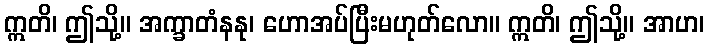
ဣတိ၊ ဤသို့။ အက္ခာတံနနု၊ ဟောအပ်ပြီးမဟုတ်လော။ ဣတိ၊ ဤသို့။ အာဟ၊